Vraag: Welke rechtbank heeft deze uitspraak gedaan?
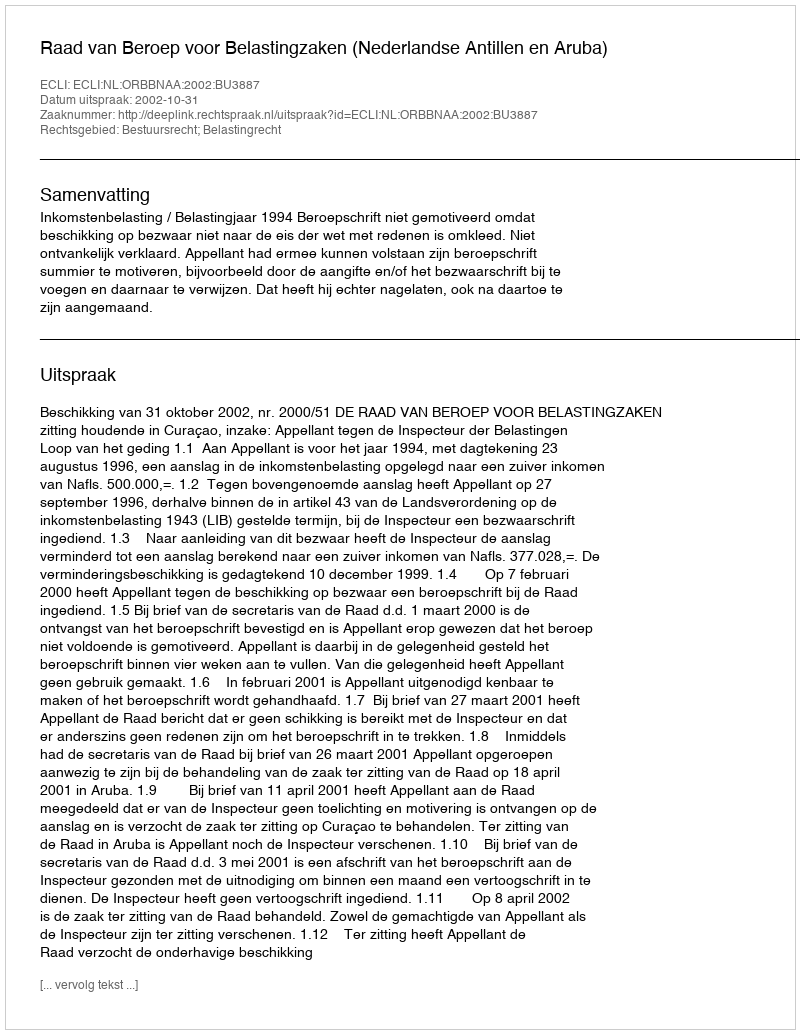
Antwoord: Raad van Beroep voor Belastingzaken (Nederlandse Antillen en Aruba)